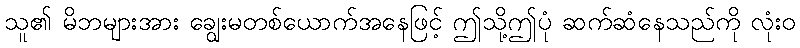
သူ၏ မိဘများအား ချွေးမတစ်ယောက်အနေဖြင့် ဤသို့ဤပုံ ဆက်ဆံနေသည်ကို လုံးဝ